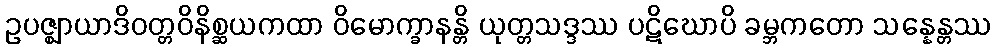
ဥပဇ္ဈာယာဒိဝတ္တဝိနိစ္ဆယကထာ ဝိမောက္ခာနန္တိ ယုတ္တသဒ္ဒဿ ပဋိဃောပိ ခမ္ဘကတော သန္နေန္တဿ